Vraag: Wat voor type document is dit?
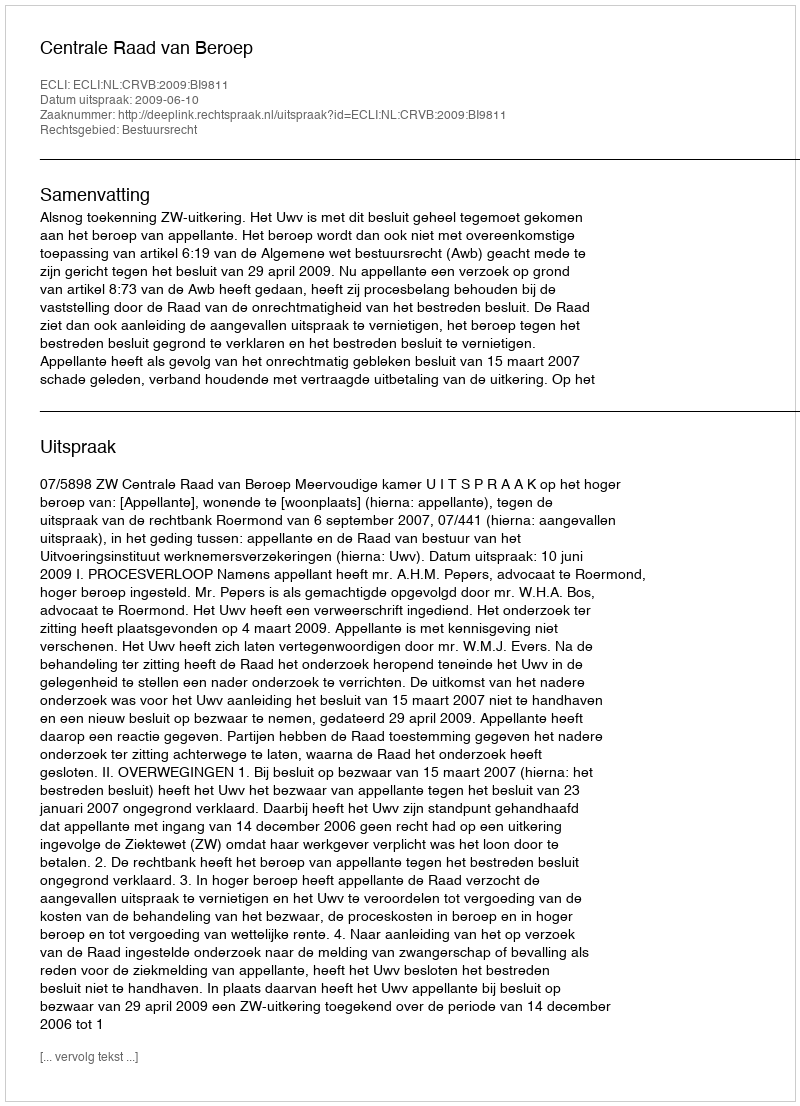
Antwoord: Uitspraak